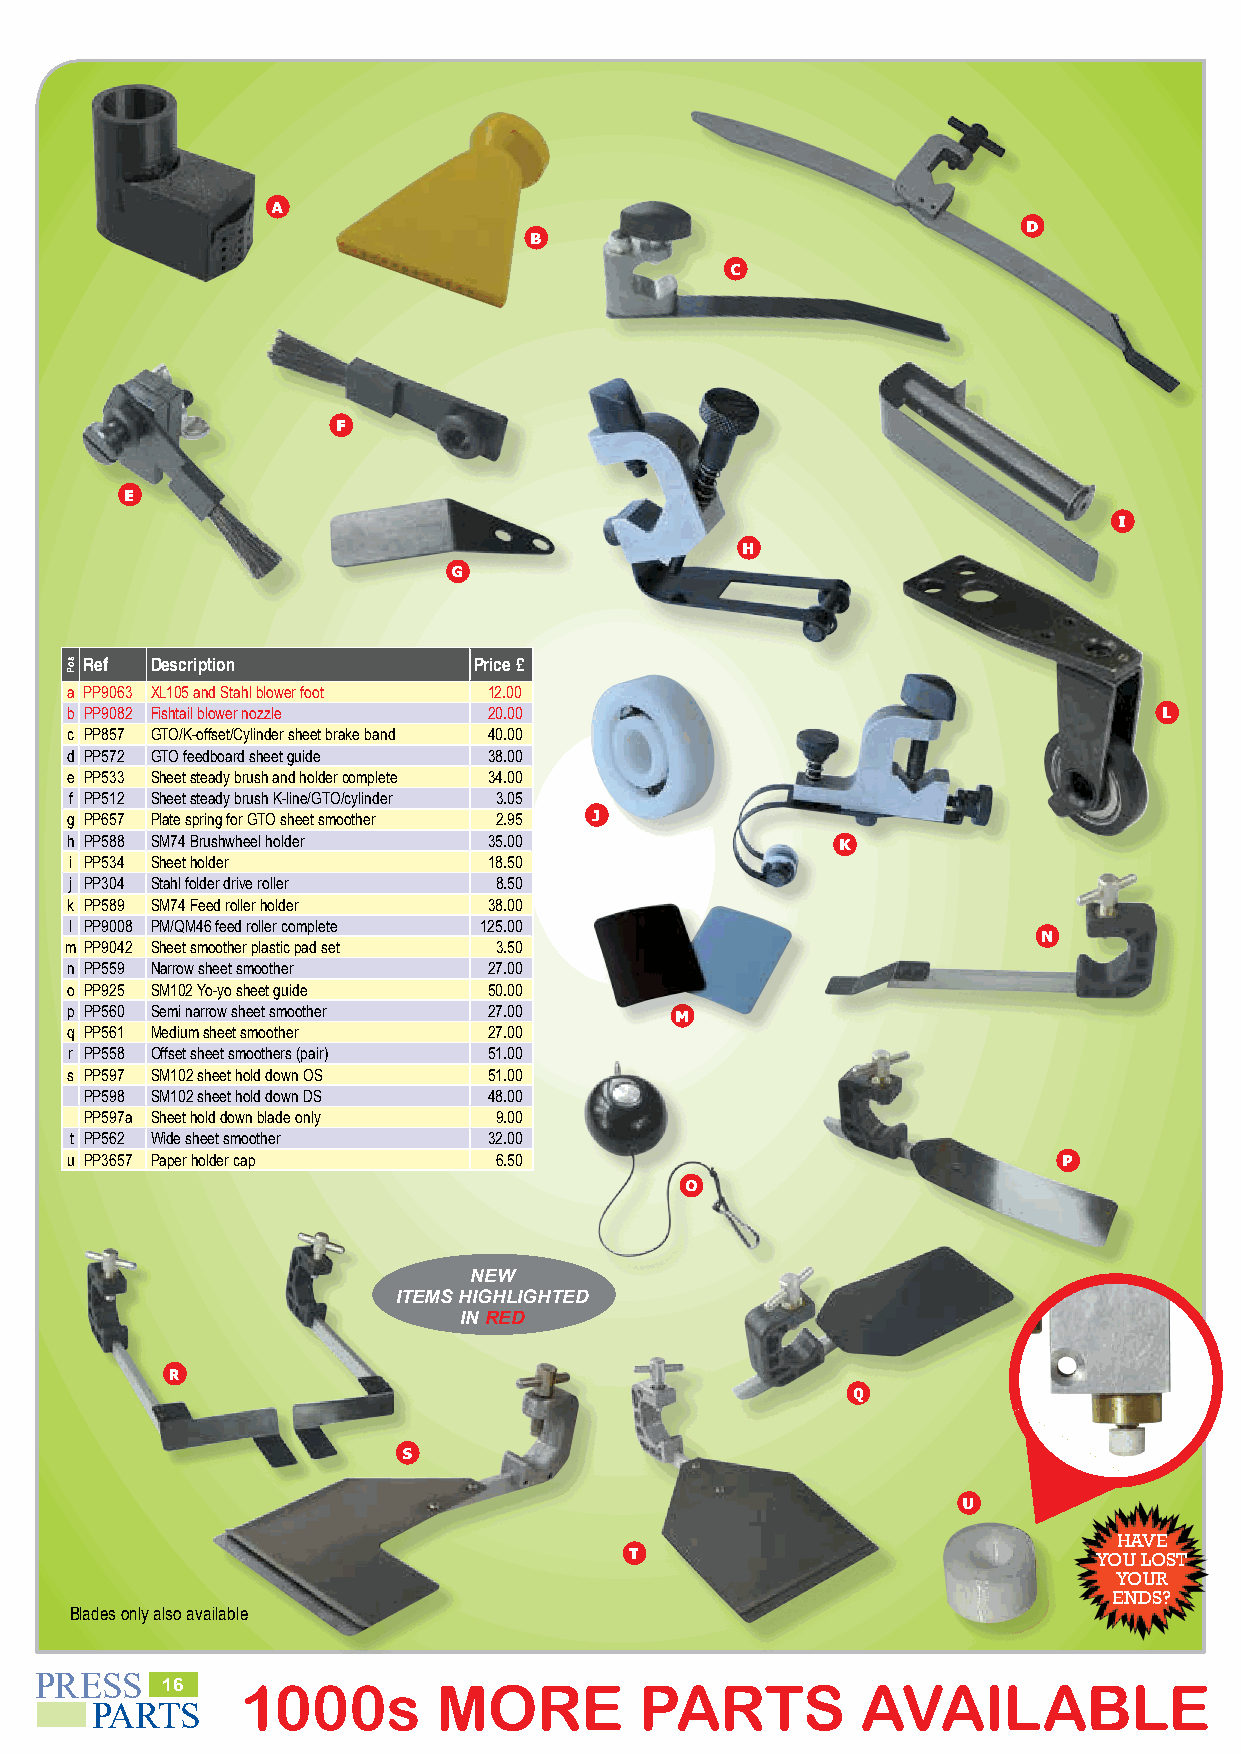
a
 d
 b
 c
 f
 e
 i
 h
 g
 Ref Description          Price £
 a PP9063 XL105 and Stahl blower foot 12.00
 b PP9082 Fishtail blower nozzle 20.00                                    l
 c PP857 GTO/K-offset/Cylinder sheet brake band 40.00
 d PP572 GTO feedboard sheet guide 38.00
 e PP533 Sheet steady brush and holder complete 34.00
 f PP512 Sheet steady brush K-line/GTO/cylinder 3.05
 j
 g PP657 Plate spring for GTO sheet smoother 2.95
 h PP588 SM74 Brushwheel holder 35.00               k
 i PP534 Sheet holder       18.50
 j PP304 Stahl folder drive roller 8.50
 k PP589 SM74 Feed roller holder 38.00
 l PP9008 PM/QM46 feed roller complete 125.00
 n
 m PP9042 Sheet smoother plastic pad set 3.50
 n PP559 Narrow sheet smoother 27.00
 o PP925 SM102 Yo-yo sheet guide 50.00
 p PP560 Semi narrow sheet smoother 27.00 m
 q PP561 Medium sheet smoother 27.00
 r PP558 Offset sheet smoothers (pair) 51.00
 s PP597 SM102 sheet hold down OS 51.00
 PP598 SM102 sheet hold down DS 48.00
 PP597a Sheet hold down blade only 9.00
 t PP562 Wide sheet smoother 32.00
 u PP3657 Paper holder cap    6.50                                 p
 o
 NEW
 ITEMS HIGHLIGHTED
 IN RED
 r
 q
 s
 u
 HAVE
 t
 YOU LOST
 YOUR
 ENDS?
 Blades only also available
 PRESS
 16   1000s        MORE         PARTS          AVAILABLE                   PLEASE           PHONE           020     8502       3059
 PARTS
 soP